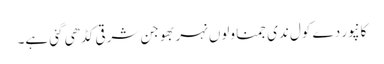
کانپور دے کول ندی جمنا ولوں نہر بھوجن شرقی کڈھی گئی ہے۔